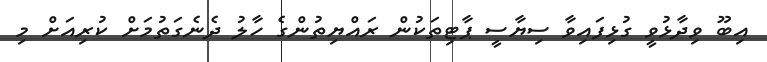
އިބޫ ވިދާޅުވީ ގުޅިފައިވާ ސިޔާސީ ޕާޓިތަކުން ރައްޔިތުންގެ ހާލު ދެނެގަތުމަށް ކުރިއަށް މި